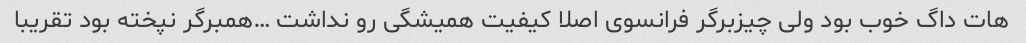
هات داگ خوب بود ولی چیزبرگر فرانسوی اصلا کیفیت همیشگی رو نداشت …همبرگر نپخته بود تقریبا